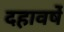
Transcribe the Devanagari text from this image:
दहावर्षे